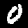
Digit: 0